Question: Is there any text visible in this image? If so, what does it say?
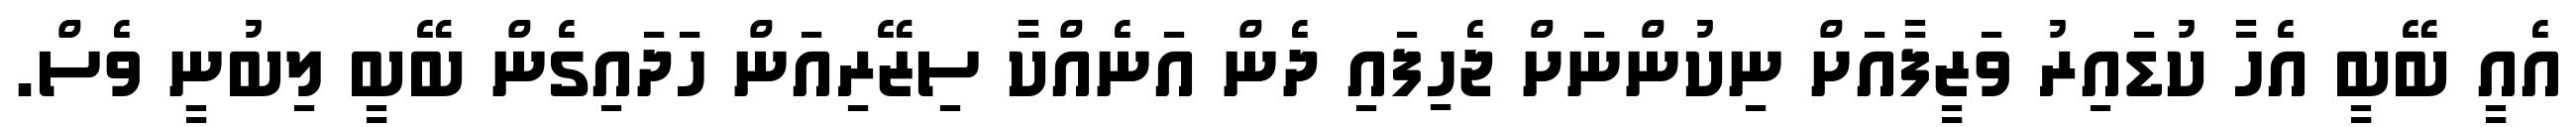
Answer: އެއީ ބޭބީ އެހާ ކުޑައިރު ވަޒީފާއަށް ނިކުންނަށް ޖެހިފައި ދެން އަނެއްކާ ސިޒޭރިއަން ހަދައިގެން ބޭބީ ލިބުނީ ވެސް.